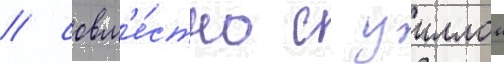
/ совм'е́стно с уиллом